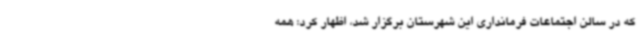
که در سالن اجتماعات فرمانداری این شهرستان برگزار شد، اظهار کرد: همه